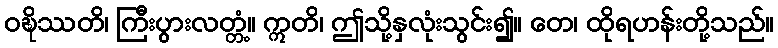
ဝဍ္ဎိဿတိ၊ ကြီးပွားလတ္တံ့။ ဣတိ၊ ဤသို့နှလုံးသွင်း၍။ တေ၊ ထိုရဟန်းတို့သည်။